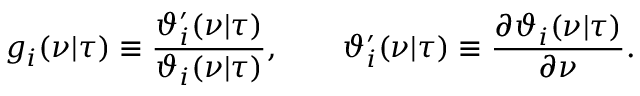
g _ { i } ( \nu | \tau ) \equiv { \frac { \vartheta _ { i } ^ { \prime } ( \nu | \tau ) } { \vartheta _ { i } ( \nu | \tau ) } } , \qquad \vartheta _ { i } ^ { \prime } ( \nu | \tau ) \equiv { \frac { \partial \vartheta _ { i } ( \nu | \tau ) } { \partial \nu } } .